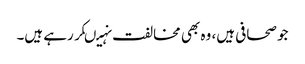
جو صحافی ہیں، وہ بھی مخالفت نہیںکر رہے ہیں۔